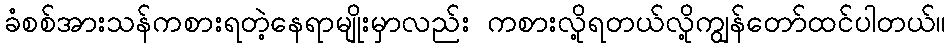
ခံစစ်အားသန်ကစားရတဲ့နေရာမျိုးမှာလည်း ကစားလို့ရတယ်လို့ကျွန်တော်ထင်ပါတယ်။